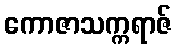
ကောဇာသက္ကရာဇ်